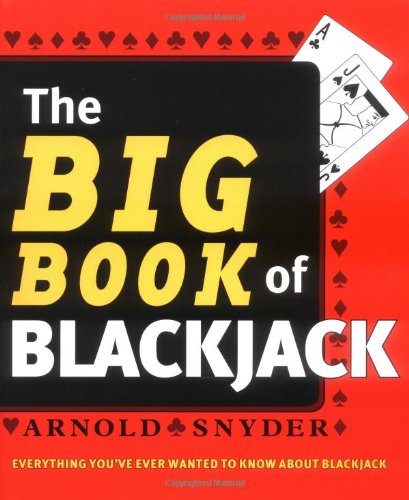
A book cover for Big Book of Blackjack; Arnold Snyder; Humor & Entertainment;